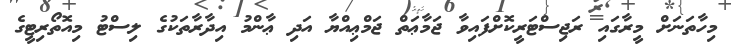
މިހާތަނަށް މީރާގައި ރަޖިސްޓަރީކޮށްފައިވާ ޖަމާޢަތް ޖަމްޢިއްޔާ އަދި ޢާންމު އިދާރާތަކުގެ ލިސްޓު މިއޮތޯރިޓީގެ